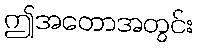
ဤအတောအတွင်း